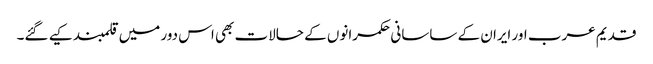
قدیم عرب اور ایران کے ساسانی حکمرانوں کے حالات بھی اس دور میں قلمبند کیے گئے۔